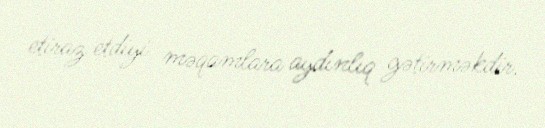
etiraz etdiyi məqamlara aydınlıq gətirməkdir.